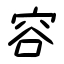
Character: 容